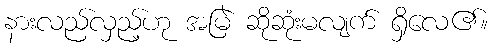
နားလည်လှည့်ဟု အမြဲ ဆိုဆုံးမလျက် ရှိလေ၏။